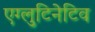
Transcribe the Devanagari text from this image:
एग्लुटिनेटिव